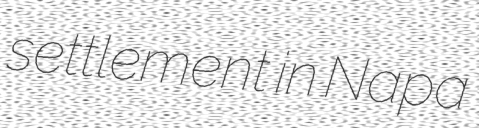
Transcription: settlement in Napa